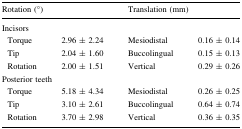
<table><thead><tr><td colspan="2"><b>Rotation (°)</b></td><td colspan="2"><b>Translation (mm)</b></td></tr></thead><tbody><tr><td colspan="4">Incisors</td></tr><tr><td> Torque</td><td>2.96 ± 2.24</td><td>Mesiodistal</td><td>0.16 ± 0.14</td></tr><tr><td> Tip</td><td>2.04 ± 1.60</td><td>Buccolingual</td><td>0.15 ± 0.13</td></tr><tr><td> Rotation</td><td>2.00 ± 1.51</td><td>Vertical</td><td>0.29 ± 0.26</td></tr><tr><td colspan="4">Posterior teeth</td></tr><tr><td> Torque</td><td>5.18 ± 4.34</td><td>Mesiodistal</td><td>0.26 ± 0.25</td></tr><tr><td> Tip</td><td>3.10 ± 2.61</td><td>Buccolingual</td><td>0.64 ± 0.74</td></tr><tr><td> Rotation</td><td>3.70 ± 2.98</td><td>Vertical</td><td>0.36 ± 0.35</td></tr></tbody></table>